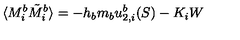
\langle M _ { i } ^ { b } \tilde { M } _ { i } ^ { b } \rangle = - h _ { b } m _ { b } u _ { 2 , i } ^ { b } ( S ) - K _ { i } W